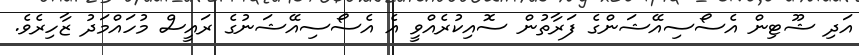
އަދި ޝޫޓިން އެސޯސިއޭޝަންގެ ފަރާތުން ސޮއިކުރެއްވީ އެ އެސޯސިއޭޝަނުގެ ރައީސް މުހައްމަދު ޒާހިރެވެ.